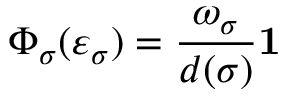
\Phi _ { \sigma } ( \varepsilon _ { \sigma } ) = \frac { \omega _ { \sigma } } { d ( \sigma ) } { \bf 1 }